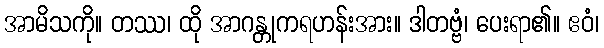
အာမိသကို။ တဿ၊ ထို အာဂန္တုကရဟန်းအား။ ဒါတဗ္ဗံ၊ ပေးရာ၏။ ဧဝံ၊